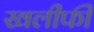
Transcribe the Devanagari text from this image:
खलीफी